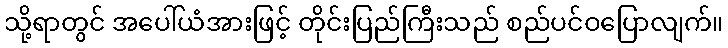
သို့ရာတွင် အပေါ်ယံအားဖြင့် တိုင်းပြည်ကြီးသည် စည်ပင်ဝပြောလျက်။